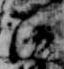
沙